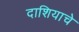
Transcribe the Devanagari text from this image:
दाशियाचे